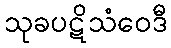
သုခပဋိသံဝေဒီ